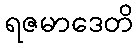
ရဇမာဒေတိ